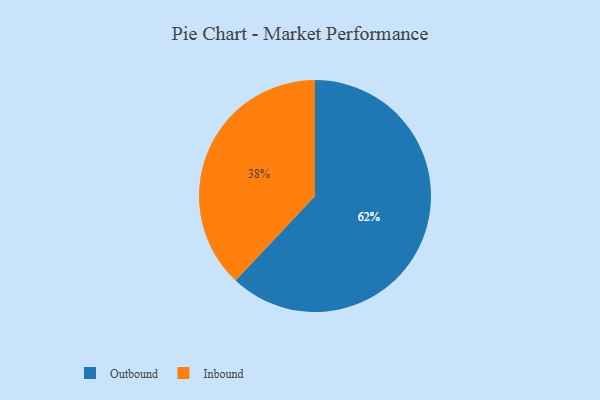
{"axis": {"x": "Category", "y": "Percentage"}, "legend": ["Inbound", "Outbound"], "data": [{"x": "Inbound", "y": 38, "type": "Inbound"}, {"x": "Outbound", "y": 62, "type": "Outbound"}]}